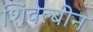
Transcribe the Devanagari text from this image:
शिवेल्बीन